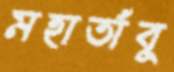
মহাতাঁবু